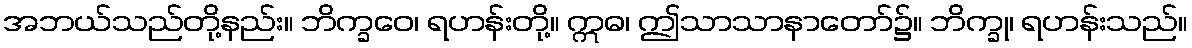
အဘယ်သည်တို့နည်း။ ဘိက္ခဝေ၊ ရဟန်းတို့။ ဣဓ၊ ဤသာသာနာတော်၌။ ဘိက္ခု၊ ရဟန်းသည်။